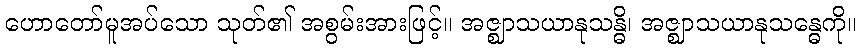
ဟောတော်မူအပ်သော သုတ်၏ အစွမ်းအားဖြင့်။ အဇ္ဈာသယာနုသန္ဓိ၊ အဇ္ဈာသယာနုသန္ဓေကို။